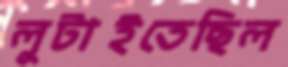
লুটাইতেছিল